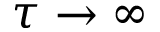
\tau \to \infty